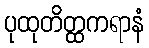
ပုထုတိတ္ထကရာနံ